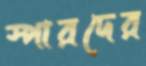
স্পারদের